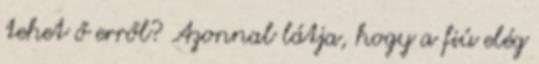
tehet ő erről? Azonnal látja, hogy a fiú elég